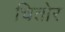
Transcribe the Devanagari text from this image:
चितोर